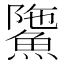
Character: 𩸻